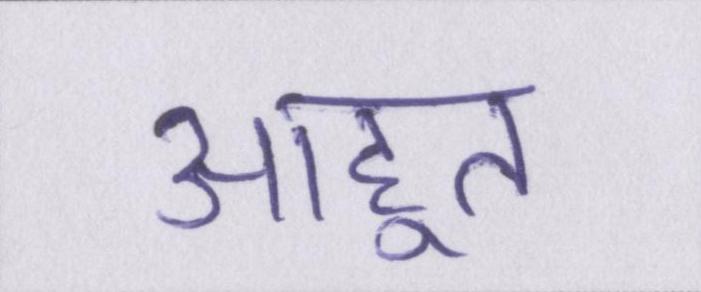
आहूत